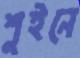
শুইনে